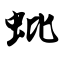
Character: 蚍